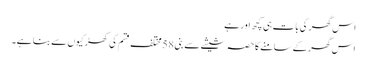
اس گھر کی بات ہی کچھ اور ہے
اس گھر کے سامنے کا حصہ شیشے سے بنی 58 مختلف قسم کی کھڑکیوں سے بنا ہے۔